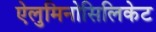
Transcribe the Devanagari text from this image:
ऐलुमिनोसिलिकेट